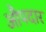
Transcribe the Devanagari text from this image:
औपदार